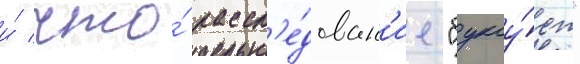
и́ что́ рассл'е́дован'ие "буксу́ет"